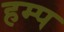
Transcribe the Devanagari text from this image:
हम्प